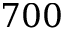
7 0 0